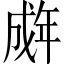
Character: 𫻽